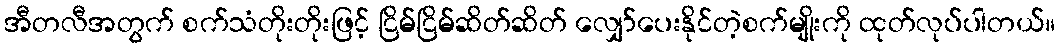
အီတလီအတွက် စက်သံတိုးတိုးဖြင့် ငြိမ်ငြိမ်ဆိတ်ဆိတ် လျှော်ပေးနိုင်တဲ့စက်မျိုးကို ထုတ်လုပ်ပါတယ်။